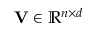
\mathbf { V } \in \mathbb { R } ^ { n \times d }